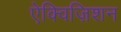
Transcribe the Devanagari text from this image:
ऐक्विज़िशन